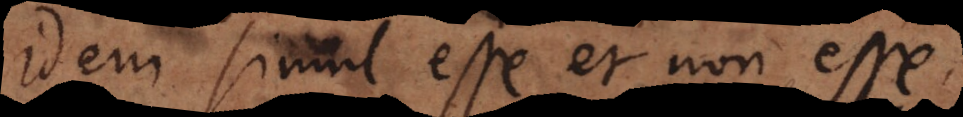
idem simul esse et non esse: